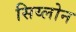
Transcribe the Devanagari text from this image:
सिय्लोन